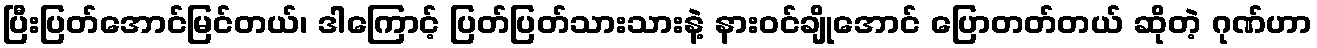
ပြီးပြတ်အောင်မြင်တယ်၊ ဒါကြောင့် ပြတ်ပြတ်သားသားနဲ့ နားဝင်ချိုအောင် ပြောတတ်တယ် ဆိုတဲ့ ဂုဏ်ဟာ